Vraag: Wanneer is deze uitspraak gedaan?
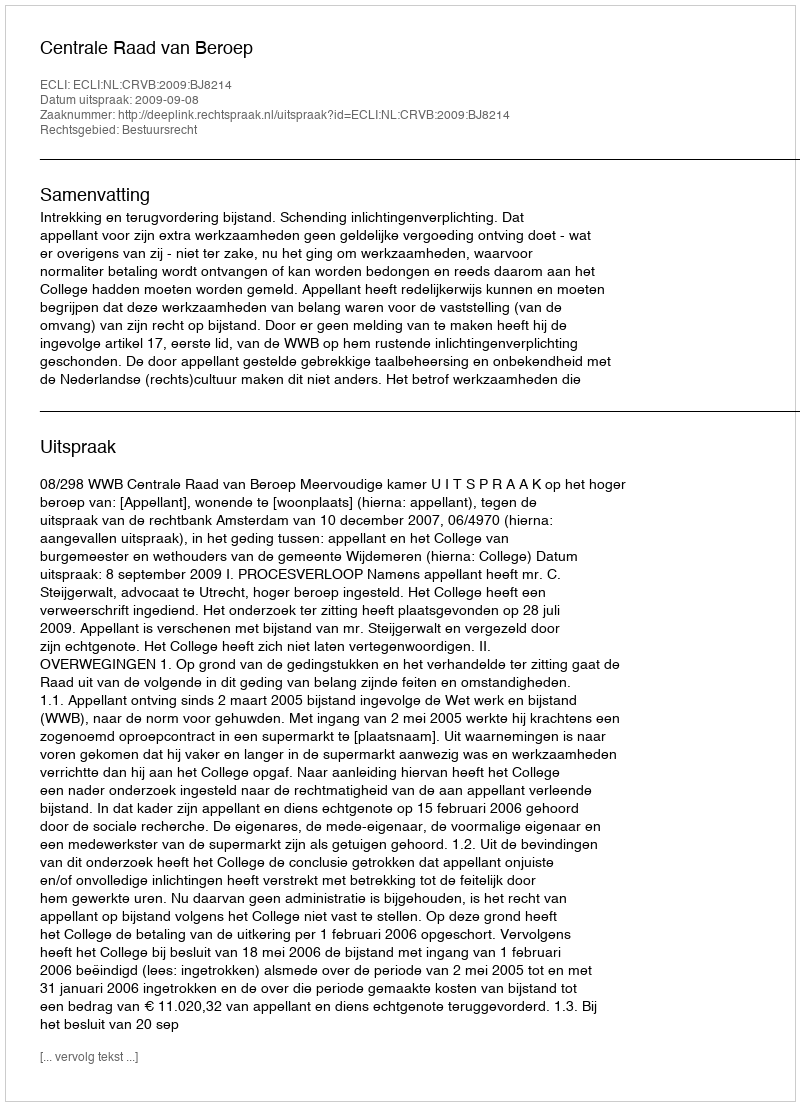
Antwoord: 2009-09-08